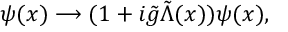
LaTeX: \psi ( x ) \longrightarrow ( 1 + i { \tilde { g } } { \tilde { \Lambda } } ( x ) ) \psi ( x ) ,